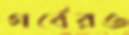
গর্বেরও